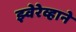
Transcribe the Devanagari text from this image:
झ्वेरेव्हाने